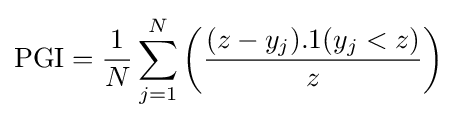
{\rm {PGI}}={\frac {1}{N}}\sum _{j=1}^{N}\left({\frac {(z-y_{j}).1(y_{j}<z)}{z}}\right)